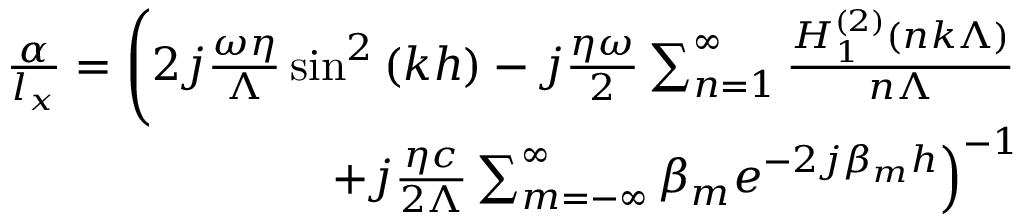
\begin{array} { r } { \frac { \alpha } { l _ { x } } = \left( 2 j \frac { \omega \eta } { \Lambda } \sin ^ { 2 } \left( k h \right) - j \frac { \eta \omega } { 2 } \sum _ { n = 1 } ^ { \infty } \frac { H _ { 1 } ^ { \left( 2 \right) } \left( n k \Lambda \right) } { n \Lambda } \right. } \\ { \quad \left. + j \frac { \eta c } { 2 \Lambda } \sum _ { m = - \infty } ^ { \infty } \beta _ { m } e ^ { - 2 j \beta _ { m } h } \right) ^ { - 1 } } \end{array}